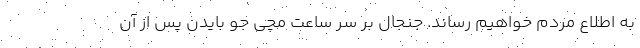
به اطلاع مردم خواهیم رساند. جنجال بر سر ساعت مچی جو بایدن پس از آن